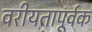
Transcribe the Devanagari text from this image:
वरीयतापूर्वक